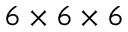
6 \times 6 \times 6